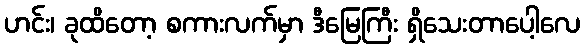
ဟင်း၊ ခုထိတော့ စကားလက်မှာ ဒီမြေကြီး ရှိသေးတာပေါ့လေ